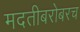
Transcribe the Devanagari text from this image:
मदतीबरोबरच